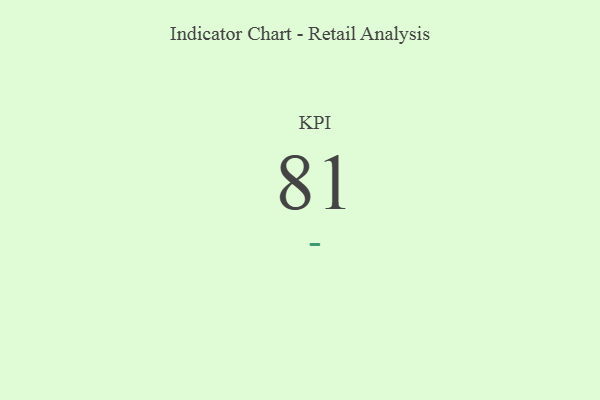
{"axis": {"x": "KPI", "y": "Value"}, "legend": [""], "data": [{"x": "KPI", "y": 81, "type": ""}]}